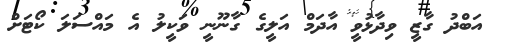
އަބްދު ގާޒީ ވިދާޅުވީ އާދަމް އަލީގެ ގާނޫނީ ވަކީލު އެ މައްސަލަ ކޯޓަށް